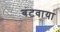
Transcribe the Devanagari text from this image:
बंटवाया